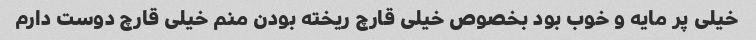
خیلی پر مایه و خوب بود بخصوص خیلی قارچ ریخته بودن منم خیلی قارچ دوست دارم